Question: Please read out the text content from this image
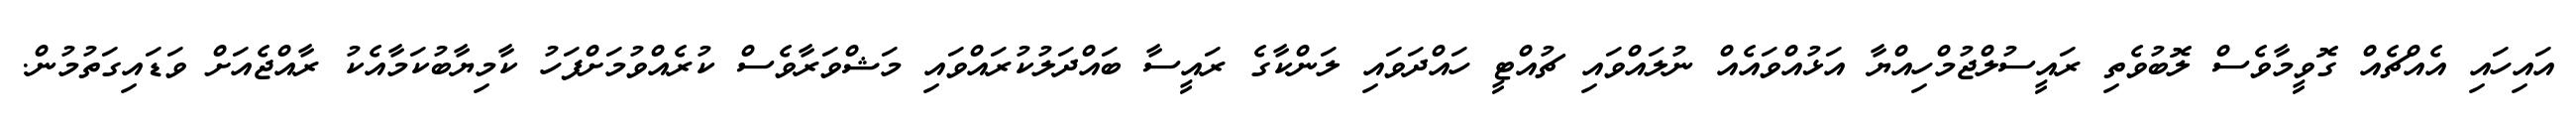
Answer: އައިހައި އެއްޗެއް ގޮވީމާވެސް ލޮބުވެތި ރައީސުލްޖުމްހިއްޔާ އަޅުއްވައެއް ނުލައްވައި ޗުއްޓީ ހައްދަވައި ލަންކާގެ ރައީސާ ބައްދަލުކުރައްވައި މަޝްވަރާވެސް ކުރެއްވުމަށްފަހު ކާމިޔާބުކަމާއެކު ރާއްޖެއަށް ވަޑައިގަތުމުން.